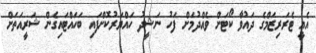
އެއީ ޓެރަރިޒަމްގެ ދައުވާ ކޯޓަށް ވެއްދުމަށް ފަހު ނަޝީދު ހައްޔަރުކޮށްފައި ބަހައްޓައިގެން ޝަރީއަތަށް